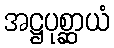
အဋ္ဌပုစ္ဆာယံ